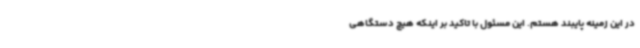
در این زمینه پایبند هستم. این مسئول با تاکید بر اینکه هیچ دستگاهی